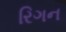
રિગન